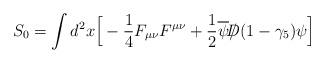
LaTeX: \begin{align*}S_0 = \int d^2x \Big[ -{1\over 4} F_{\mu\nu} F^{\mu\nu} +{1\over 2}\overline \psi {\slash\!\!\!\!D} (1-\gamma_5) \psi \Big]\end{align*}